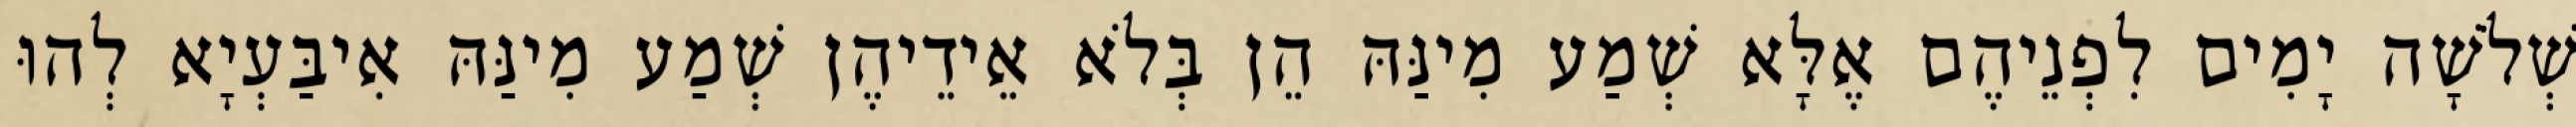
שְׁלֹשָׁה יָמִים לִפְנֵיהֶם אֶלָּא שְׁמַע מִינַּהּ הֵן בְּלֹא אֵידֵיהֶן שְׁמַע מִינַּהּ אִיבַּעְיָא לְהוּ